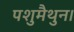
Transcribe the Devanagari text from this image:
पशुमैथुन।